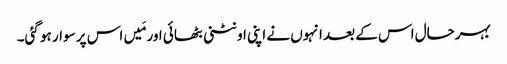
بہرحال اس کے بعد انہوں نے اپنی اونٹنی بٹھائی اور مَیں اس پر سوار ہو گئی۔